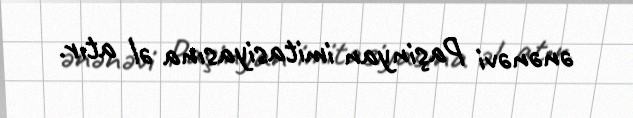
ənənəvi Paşinyan imitasiyasına əl atır.